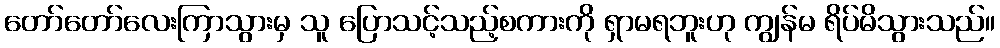
တော်တော်လေးကြာသွားမှ သူ ပြောသင့်သည့်စကားကို ရှာမရဘူးဟု ကျွန်မ ရိပ်မိသွားသည်။